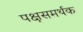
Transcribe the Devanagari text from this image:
पक्षसमर्थक